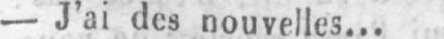
- J’ai des nouvelles...